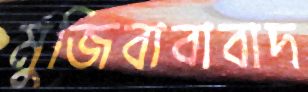
মুজিবাবাবাদ